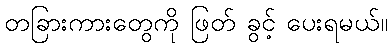
တခြားကားတွေကို ဖြတ် ခွင့် ပေးရမယ်။